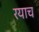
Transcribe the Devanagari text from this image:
रयाच